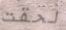
لحقت